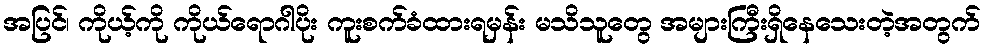
အပြင်၊ ကိုယ့်ကို ကိုယ်ရောဂါပိုး ကူးစက်ခံထားရမှန်း မသိသူတွေ အများကြီးရှိနေသေးတဲ့အတွက်